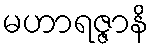
မဟာရဇ္ဇာနိ